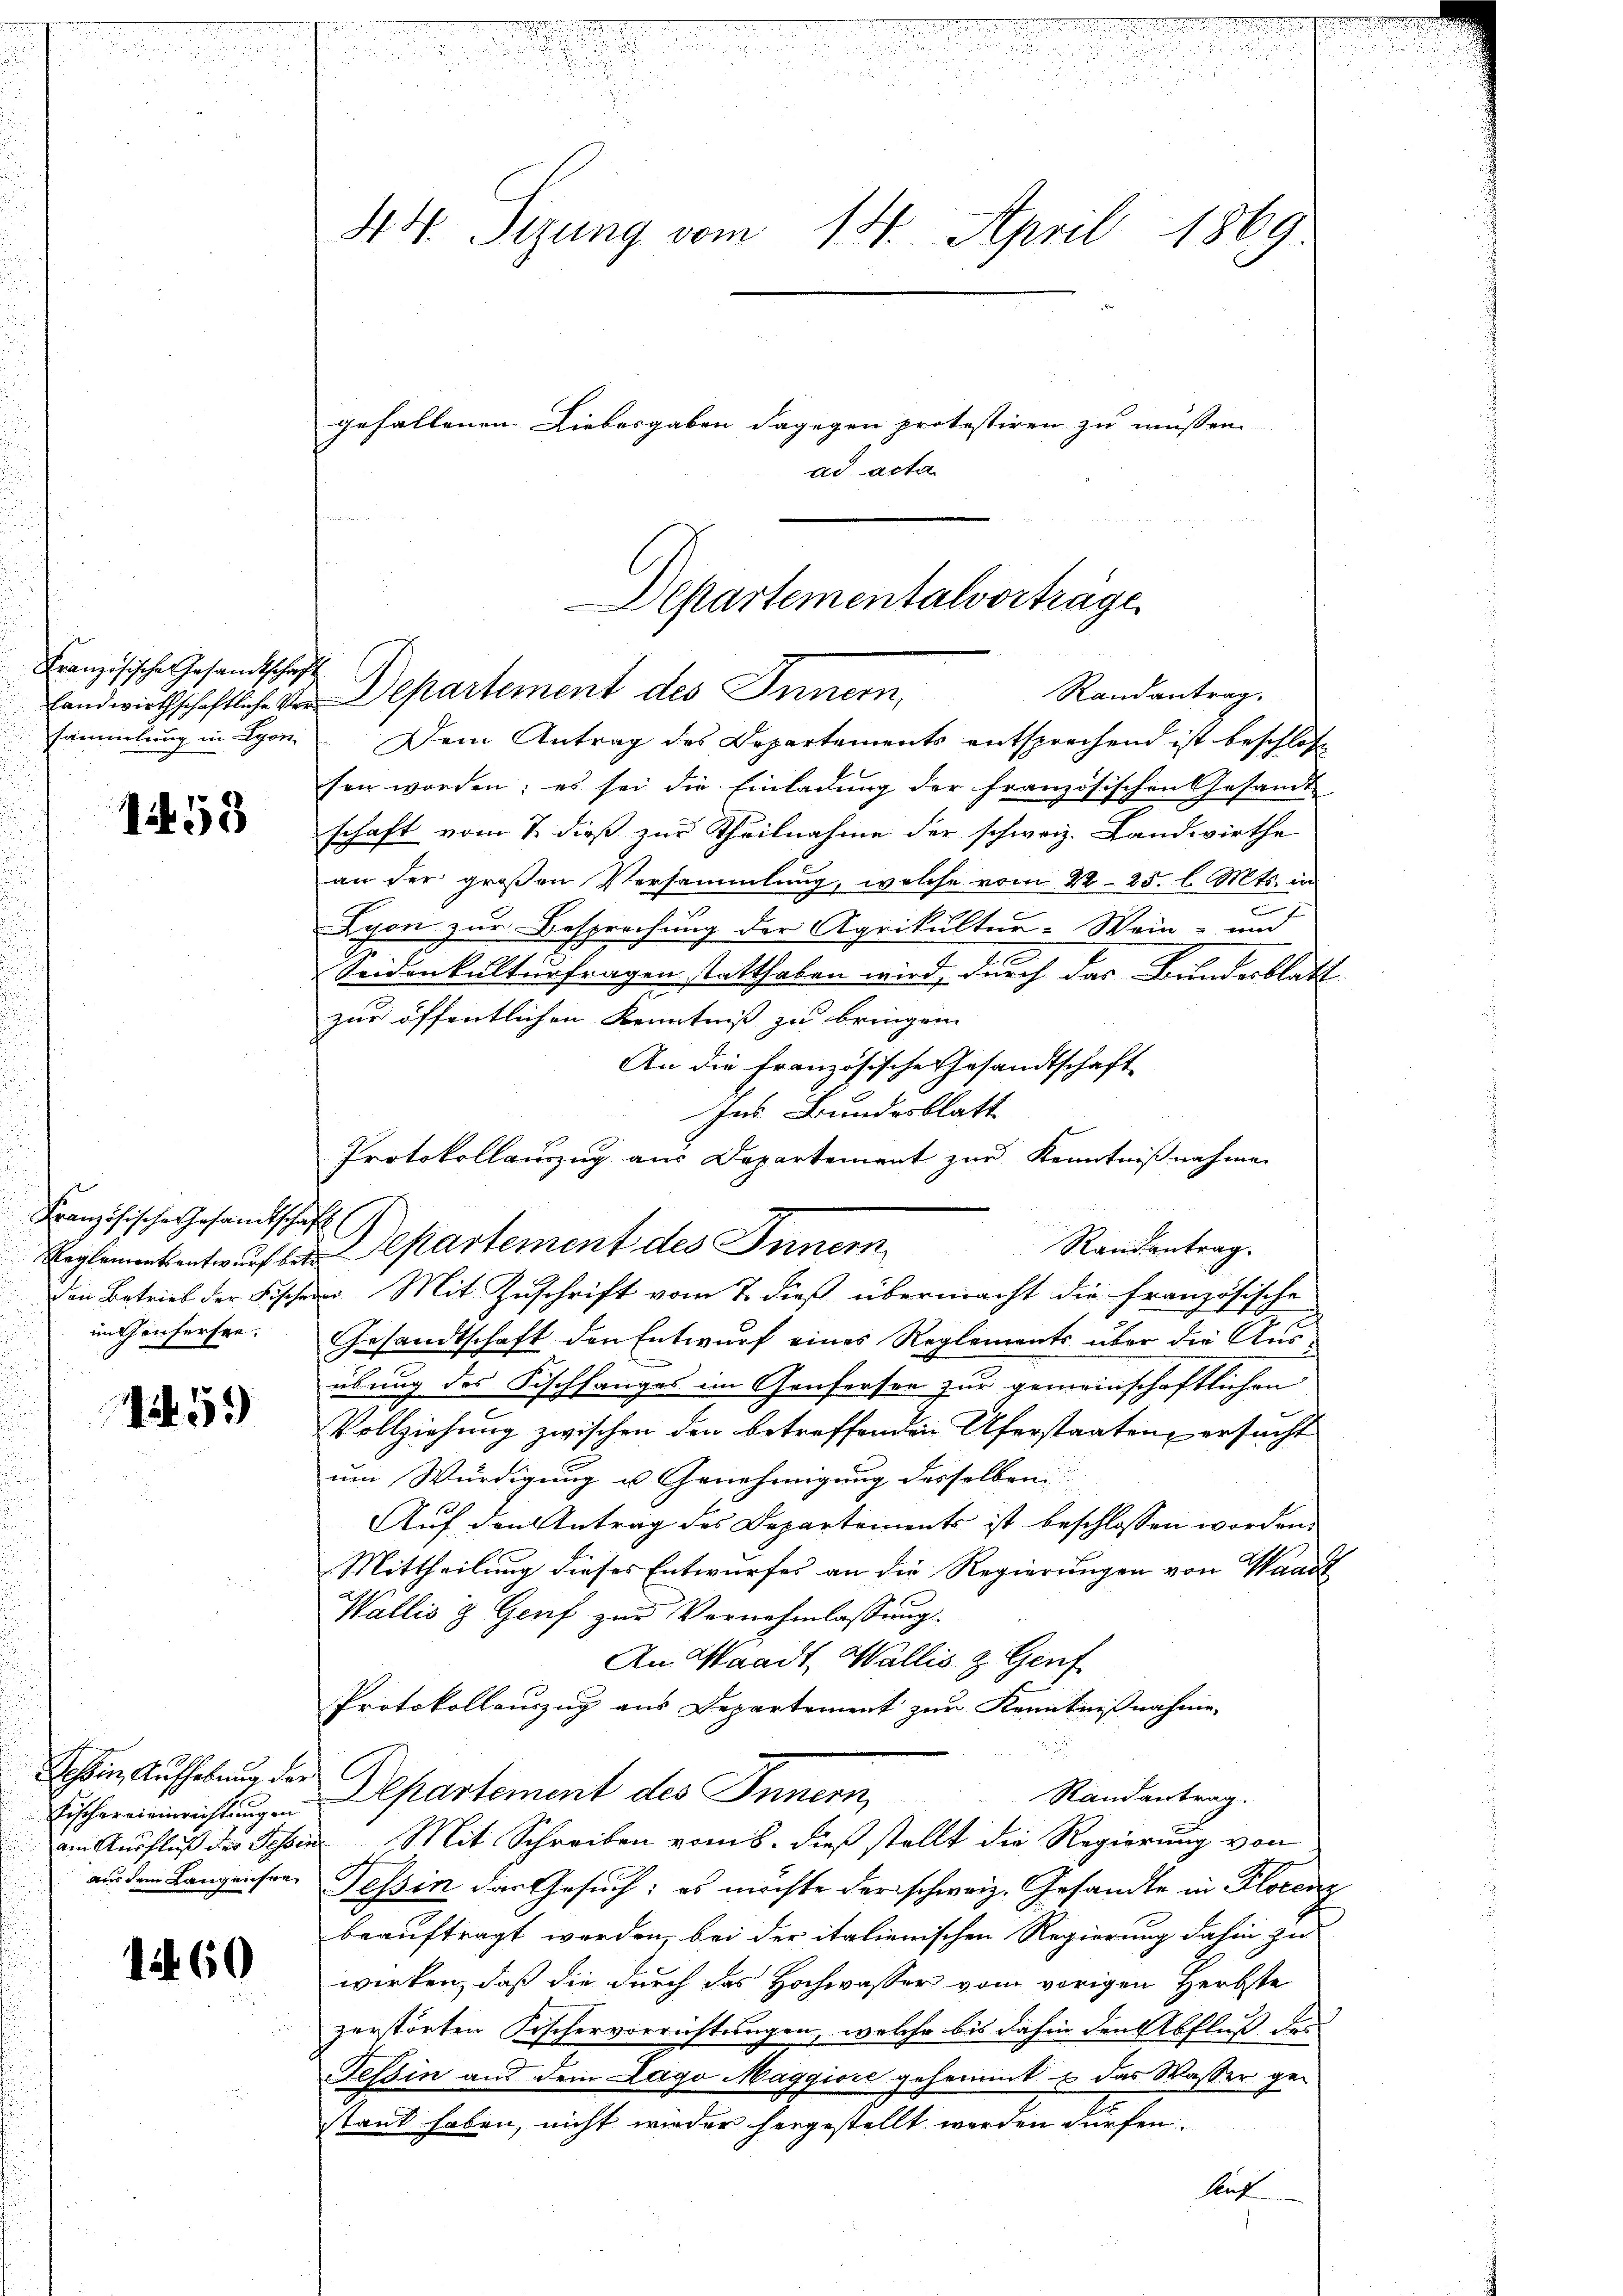
Französische Gesandtschaft

1453

Französische Gesandtschaft (
in Genferfen.

51)

Tessin, Aufhebung der

1160

44. Sizung vom 14. April 1869

gefallenen Liebergaben dagegen protestiren zu müssen.
ad acta

Departementalvorträge
Randantrag.

landwirthschaftliche Vor Departement des Innern,
sammlung in Lyoni. Dem Antrag des Departements entsprechend ist beschloss
sen worden; es sei die Einladung der französischen Gesandt
schaft vom 7. dieß zur Theilnahme der schweiz. Landwirthe
an der großen Versammlung, welche vom 22. 25. l. Mts. in
2
Lyon zur Besprechung der Agrikultur-Wein- und
Seidenkulturfragen statthaben wird, durch das Bundesblatt
zur öffentlichen Kenntniss zu bringen.
An die Französische Gesandtschaft
ses Bundesblatt
Protokollauszug aus Departement zur Kenntnißnahmen
Randantrag.
Reglemententwurf bei Separtement des Innern
Den Betrieb der Fischen Mit Zuschrift vom 7. dieß übermacht die französische
Gesandtschaft den Entwurf eines Reglements über die Ausübung des Fischfanges im Genfersee zur gemeinschaftlichen
Vollziehung zwischen den betreffenden Uferstaaten ersucht
um Würdigung u Genehmigung desselben
Auf den Antrag des Departements ist beschlossen worden.
Mittheilung dieses Entwurfes an die Regierungen von Waadt
Wallis & Genf zur Vernehmlassung.
An Waadt, Wallis, z. Genf
Protokollauszug aus Departement zur Kenntnißnahme-
Randantrag.
Bischerneinrichtungen Departement des Innern,
an Ausfluß des Tessin Mit Schreiben vom 8. dieß stellt die Regierung von
aus dem Langeisen, Tessin das Gesuch; es möchte der schweiz. Gesandte in Florenz
beauftragt werden, bei der italienischen Regierung dahin zu
wirken, daß die durch das Hochwasser vom vorigen Herbste
zerstörten Fischervorrichtungen, welche bis dahin den Abfluß des
Tessin aus dem Lago Maggiore gehemmt u das Wasser ge-
stand haben, nicht wieder hergestellt werden dürfen.
huf